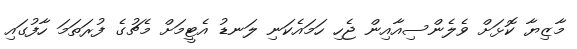
މާޒިޔާ ކޮޅަށް ވެލެންސިއާއިން ޖެހި ހަމައެކަނި ލަނޑު އެޓީމަށް މެޗުގެ ފުރަތަމަ ހާފުގައި